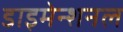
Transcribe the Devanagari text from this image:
डाइमेन्शनल